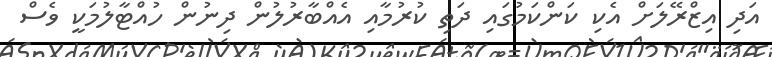
އަދި އިޒްރޭލަށް އެކި ކަންކަމުގައި ދަތި ކުރުމާއި އެއްބާރުލުން ދިނުން ހުއްޓާލުމަކީ ވެސް